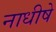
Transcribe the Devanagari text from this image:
नाधीषे